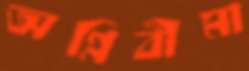
অগ্নিবীমা